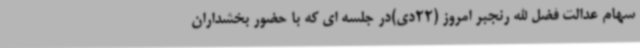
سهام عدالت فضل الله رنجبر امروز (22دی)در جلسه ای که با حضور بخشداران